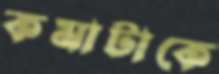
কমাটাকে